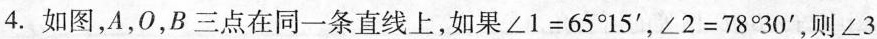
4.如图，A，0，B三点在同一条直线上，如果∠1=65°15'∠2=78°30'，则∠3